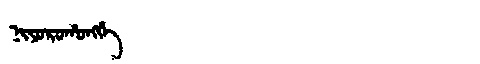
Manchu: ᠨᡳᠶᠣᡵᠣᡥᠣᠩᡤᡝ
Romanization: NIYOROHONGGE